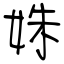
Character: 姝